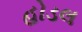
હોડલ